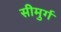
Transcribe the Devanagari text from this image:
सीमुर्ग